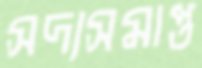
সদ্যসমাপ্ত